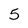
Character: 5